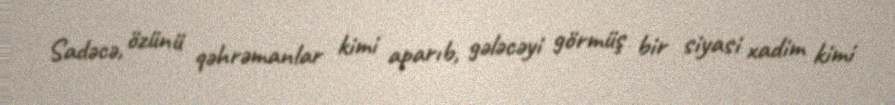
Sadəcə, özünü qəhrəmanlar kimi aparıb, gələcəyi görmüş bir siyasi xadim kimi